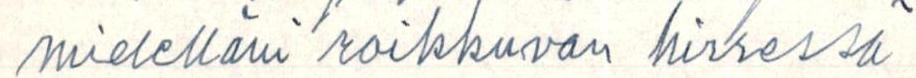
mielelläni roikkuvan hirressä